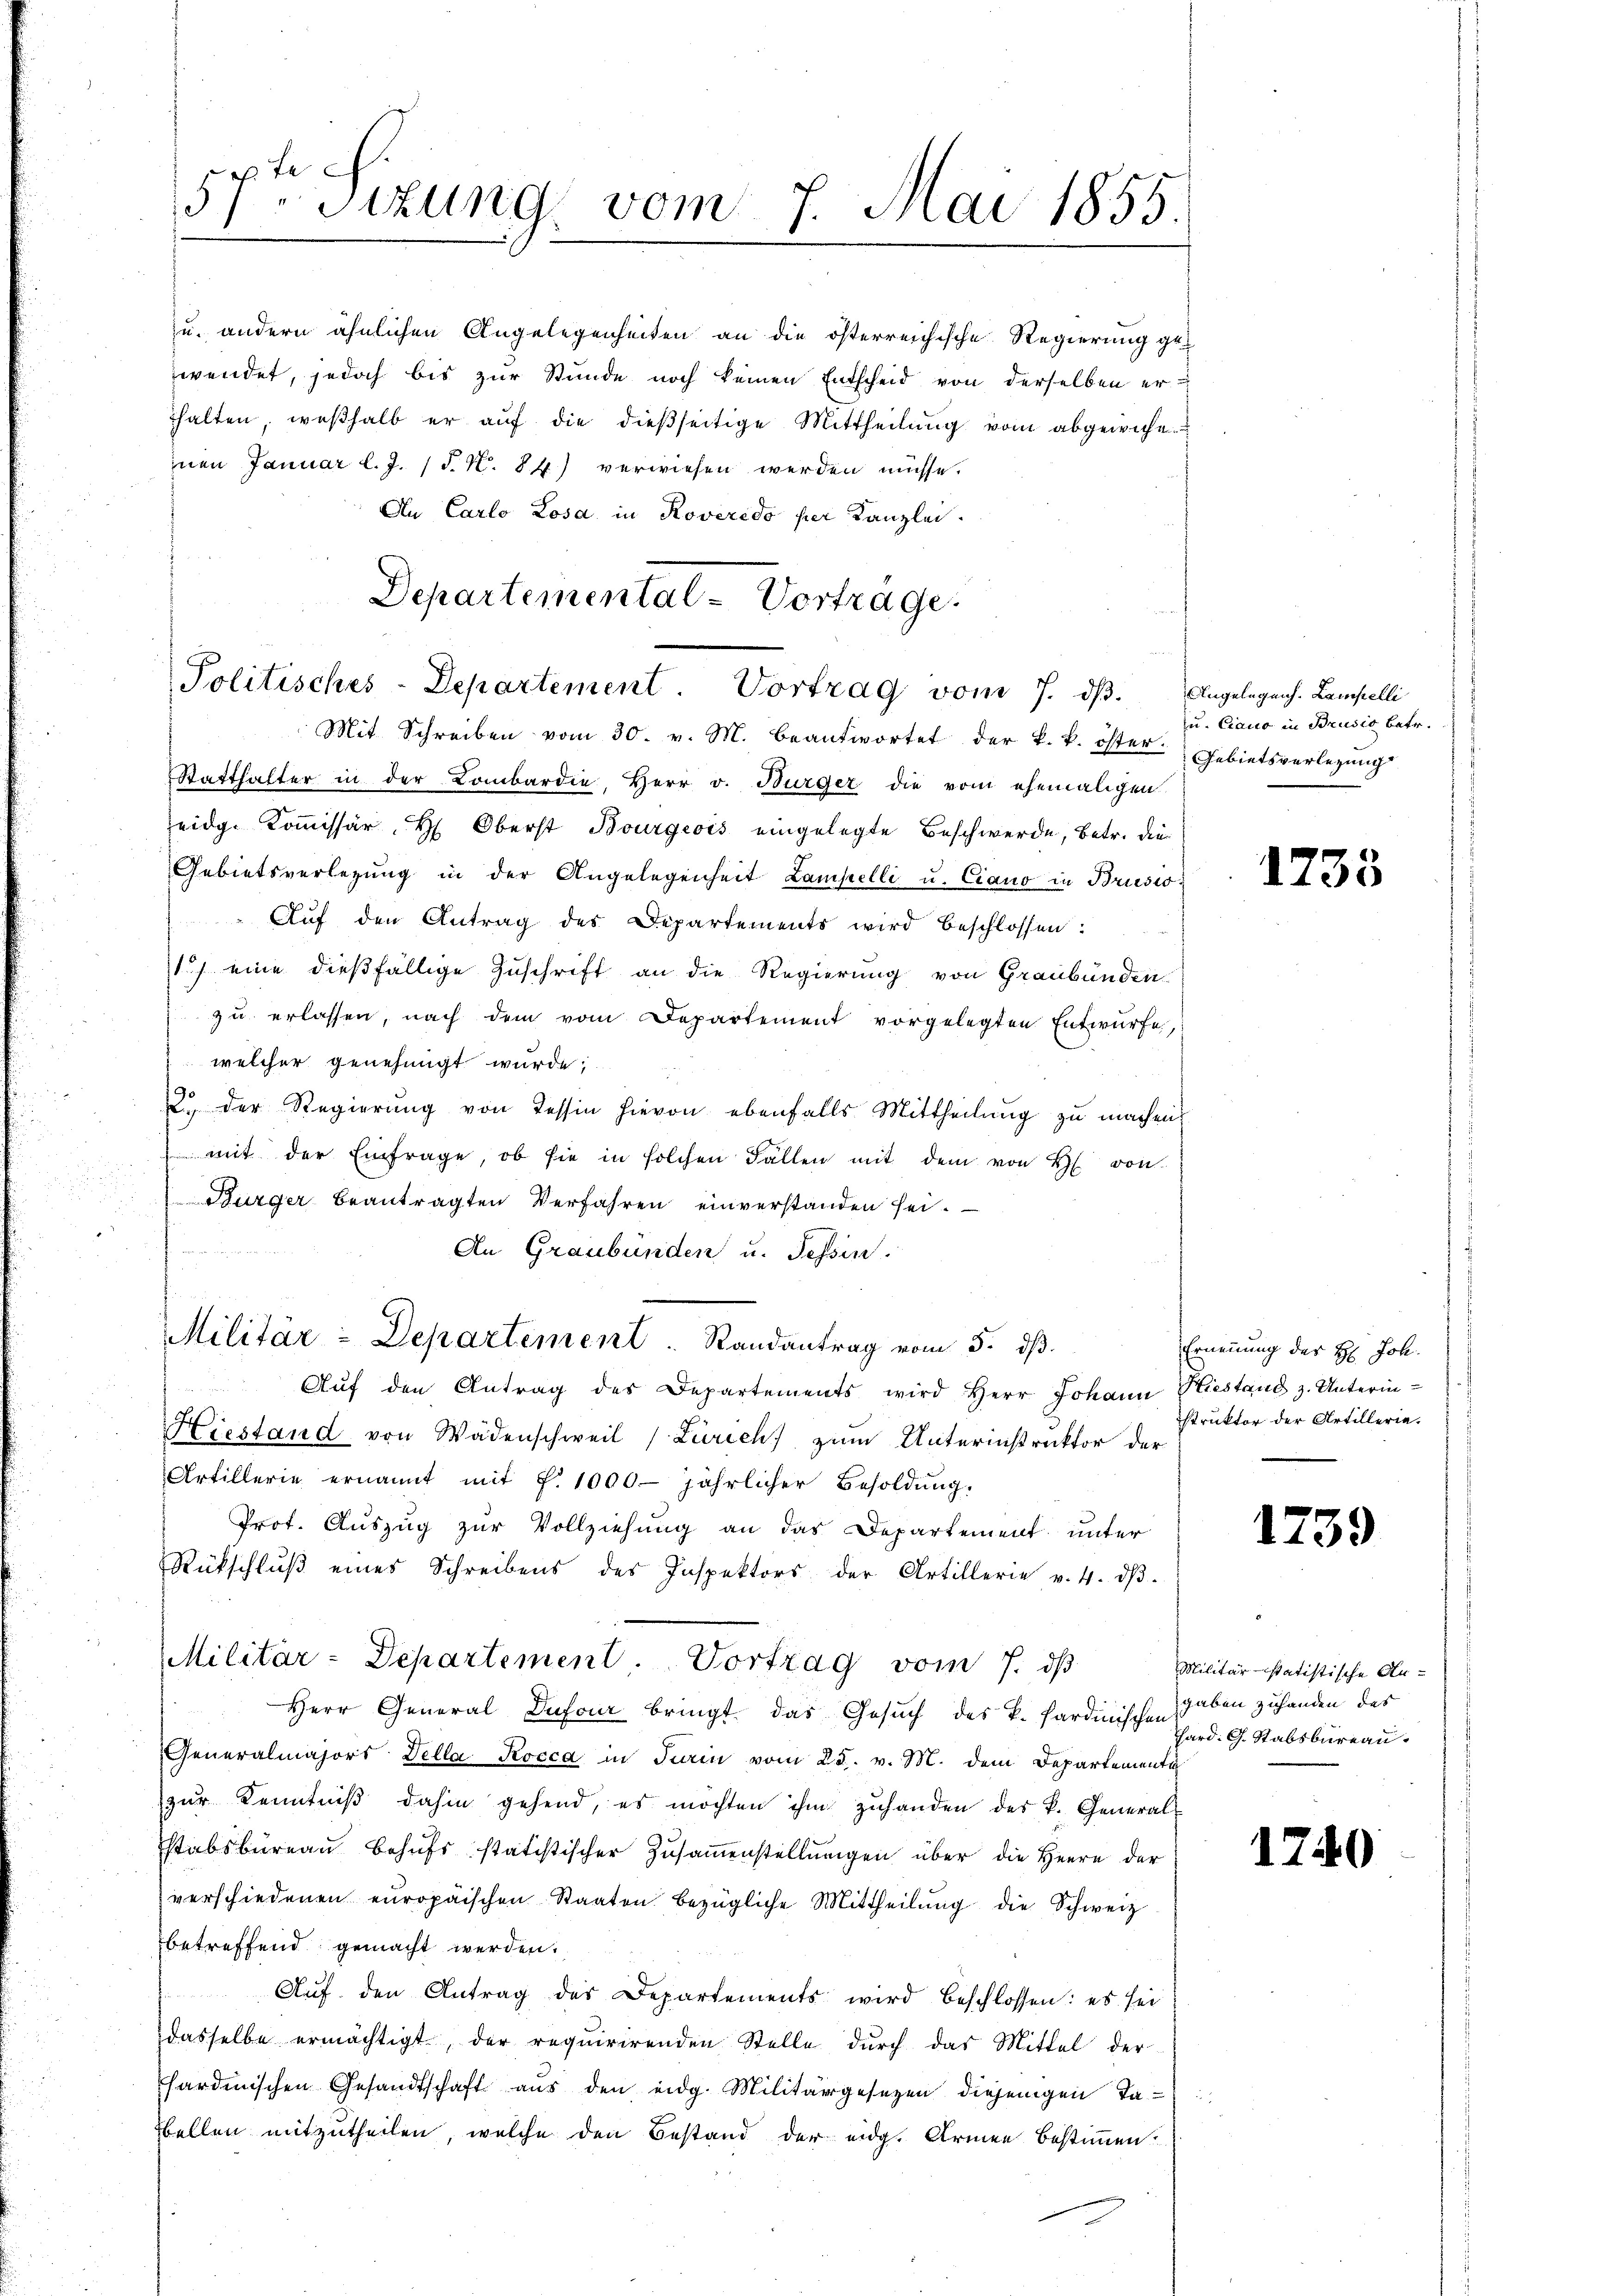
57ten Sizung vom 7. Mai 1855.

zu andern ähnlichen Angelegenheiten an die österreichische Regierung ge-
wendet, jedoch bis zur Stunde noch keinen Entscheid von derselben erthalten, weshalb er auf die dießseitige Mittheilung vom abgewicht.
inen Januar l. J. (T. N. 84) verwiesen werden müsse.
An Carlo Losa in Roveredo per Kanzlei.
Departemental-Vorträge.

Politisches-Departement. Vortrag vom 7. ds. Angelegens. Lampelli

Mit Schreiben vom 30. v. M. beantwortet der k. k. öster. Gebietsverlegung
Statthalter in der Lombardie, Herr v. Bürger die vom ehemaligen
eidg. Kommissär H. Oberst Bourgeois eingelegte Beschwerde, betr. die
Gebietsverlegŭng in der Angelegenheit Lampelli u. Ciano in Brusio
Auf den Antrag des Departements wird beschlossen:
1) eine dießfällige Zuschrift an die Regierung von Graubünden
zu erlassen, nach dem vom Departement vorgelegten Entwurfe,
welcher genehmigt wurde;
2. der Regierŭng von Tessin hievon ebenfalls Mittheilung zu machen,
mit der Einfrage, ob sie in solchen Fällen mit dem von H. von
Bürger beantragten Verfahren einverstanden sei.
An Graubünden u. Tessin.
Aŭf den Antrag des Departements wird Herr Johann Hiestand z. Unterin-
Hiestand von Wädenschweil (Zürich zum Unterinstruktor der
Artillerie ernannt mit §. 1000 jährlicher Besoldŭng.
Prot. Auszug zur Vollziehung an das Departement unter
Rückschlŭβ eines Schreibens des Inspektors der Artillerie v. 4. dβ.
Militär-Departement. Vortrag vom 7. dβ
Herr General Dufour bringt, das Gesuch des k. Sardinischen Herd. G. Stabsbureau
Generalmajors Della Rocca in Turin vom 25. v. M. dem Departementa
zur Kenntniß dahin gehend, es möchten ihm zuhanden des k. General-
stabsbüreaŭ behŭfs statistischer Zŭsaṁenstellŭngen über die Herrn der
verschiedenen europäischen Staaten bezügliche Mittheilŭng die Schweiz
betreffend gemacht werden.
Aŭf den Antrag des Departements wird beschlossen: es sei
dasselbe ermächtigt, der requirirenden Stelle durch das Mittel der
sardinischen Gesandtschaft aus den eidg. Militärgesezen diejenigen Tabellen mitzutheilen, welche den Bestand der eidg. Armen bestimmen?

Militär-Departement. Randantrag vom 5. dβ.

u. Ciano in Brusio betr.

1733

Ernennung des H: Joh.
struktor der Artillerie.

1739

Militär-statistische Augaben zuhanden des

1740